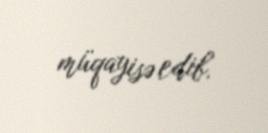
müqayisə edib.